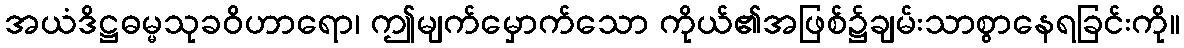
အယံဒိဋ္ဌဓမ္မသုခဝိဟာရော၊ ဤမျက်မှောက်သော ကိုယ်၏အဖြစ်၌ချမ်းသာစွာနေရခြင်းကို။